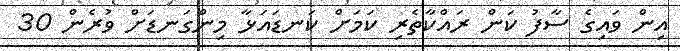
އިން ވައިގެ ސާފު ކަން ރައްކާތެރި ކަމަށް ކަނޑައަޅާ މިންގަނޑަށް ވުރެން 30